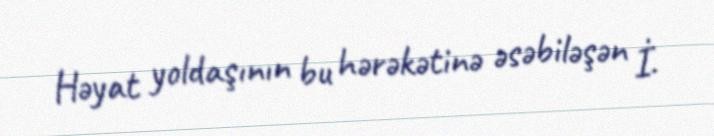
Həyat yoldaşının bu hərəkətinə əsəbiləşən İ.